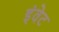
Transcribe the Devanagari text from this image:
इंवेट